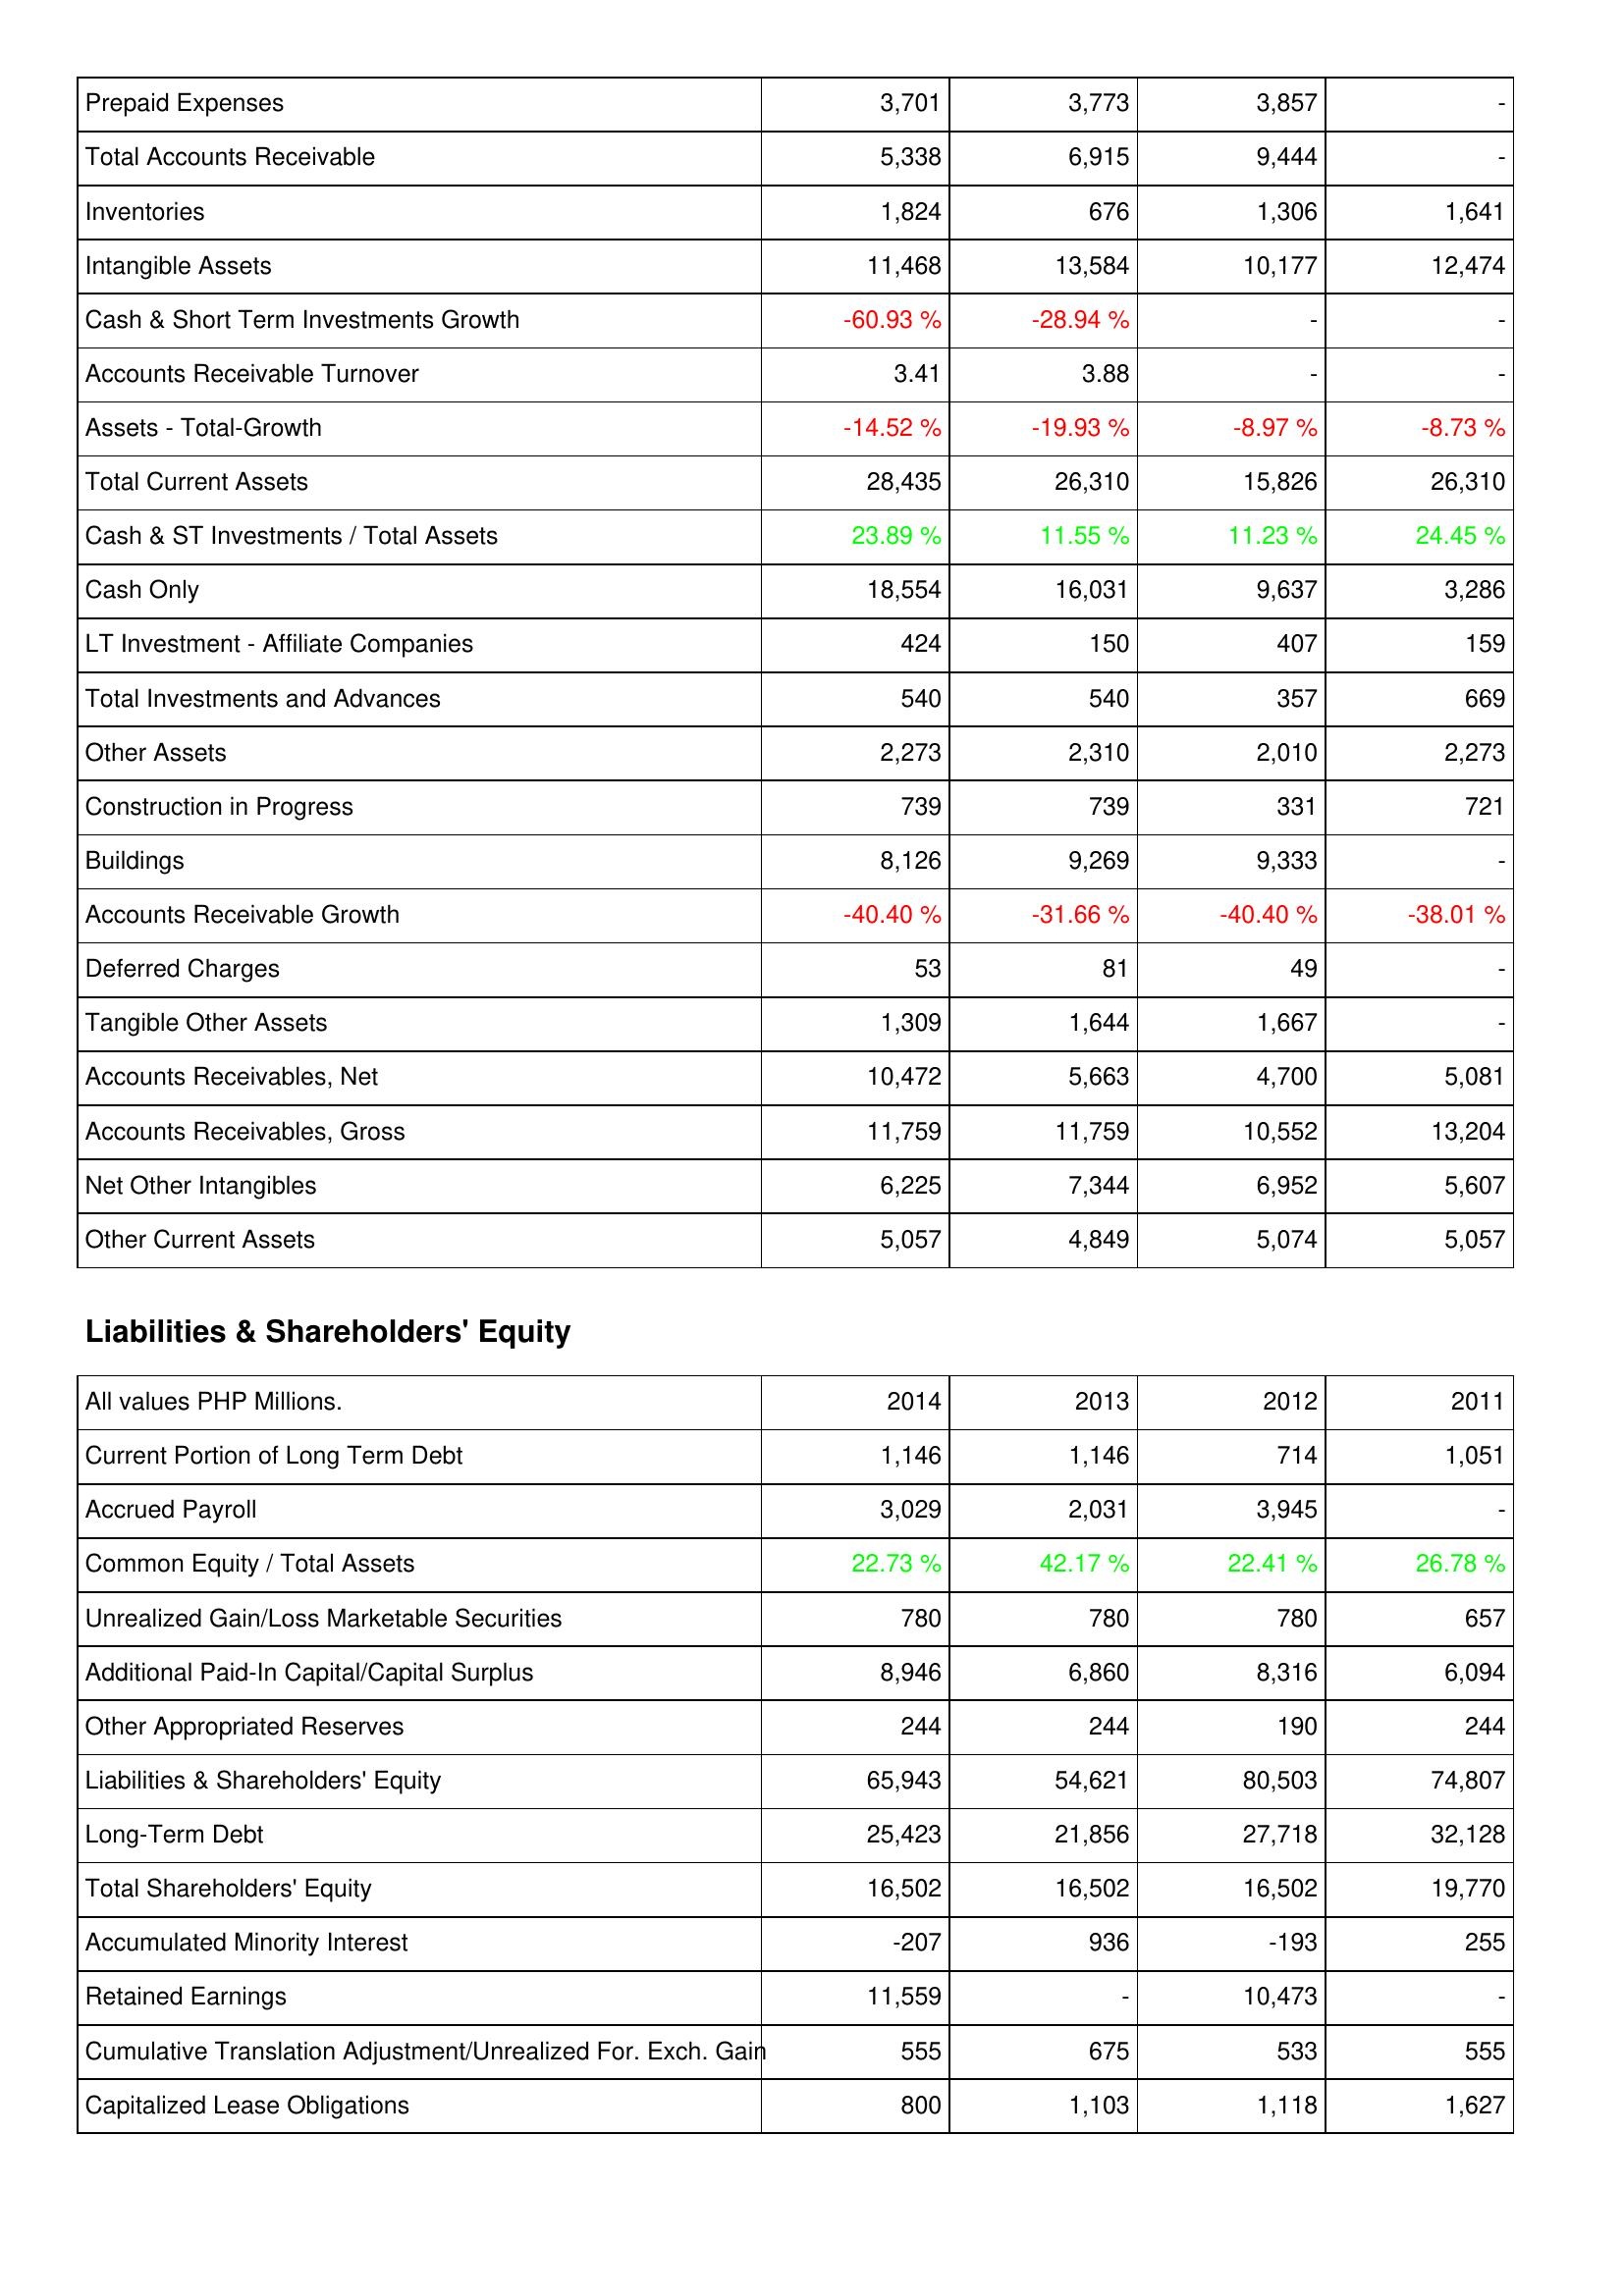
2014: Assets: Prepaid Expenses: 3,701
Total Accounts Receivable: 5,338
Inventories: 1,824
Intangible Assets: 11,468
Cash & Short Term Investments Growth: -60.93 %
Accounts Receivable Turnover: 3.41
Assets - Total-Growth: -14.52 %
Total Current Assets: 28,435
Cash & ST Investments / Total Assets: 23.89 %
Cash Only: 18,554
LT Investment - Affiliate Companies: 424
Total Investments and Advances: 540
Other Assets: 2,273
Construction in Progress: 739
Buildings: 8,126
Accounts Receivable Growth: -40.40 %
Deferred Charges: 53
Tangible Other Assets: 1,309
Accounts Receivables, Net: 10,472
Accounts Receivables, Gross: 11,759
Net Other Intangibles: 6,225
Other Current Assets: 5,057
Liabilities & Shareholders' Equity: Current Portion of Long Term Debt: 1,146
Accrued Payroll: 3,029
Common Equity / Total Assets: 22.73 %
Unrealized Gain/Loss Marketable Securities: 780
Additional Paid-In Capital/Capital Surplus: 8,946
Other Appropriated Reserves: 244
Liabilities & Shareholders' Equity: 65,943
Long-Term Debt: 25,423
Total Shareholders' Equity: 16,502
Accumulated Minority Interest: -207
Retained Earnings: 11,559
Cumulative Translation Adjustment/Unrealized For. Exch. Gain: 555
Capitalized Lease Obligations: 800
2013: Assets: Prepaid Expenses: 3,773
Total Accounts Receivable: 6,915
Inventories: 676
Intangible Assets: 13,584
Cash & Short Term Investments Growth: -28.94 %
Accounts Receivable Turnover: 3.88
Assets - Total-Growth: -19.93 %
Total Current Assets: 26,310
Cash & ST Investments / Total Assets: 11.55 %
Cash Only: 16,031
LT Investment - Affiliate Companies: 150
Total Investments and Advances: 540
Other Assets: 2,310
Construction in Progress: 739
Buildings: 9,269
Accounts Receivable Growth: -31.66 %
Deferred Charges: 81
Tangible Other Assets: 1,644
Accounts Receivables, Net: 5,663
Accounts Receivables, Gross: 11,759
Net Other Intangibles: 7,344
Other Current Assets: 4,849
Liabilities & Shareholders' Equity: Current Portion of Long Term Debt: 1,146
Accrued Payroll: 2,031
Common Equity / Total Assets: 42.17 %
Unrealized Gain/Loss Marketable Securities: 780
Additional Paid-In Capital/Capital Surplus: 6,860
Other Appropriated Reserves: 244
Liabilities & Shareholders' Equity: 54,621
Long-Term Debt: 21,856
Total Shareholders' Equity: 16,502
Accumulated Minority Interest: 936
Retained Earnings: -
Cumulative Translation Adjustment/Unrealized For. Exch. Gain: 675
Capitalized Lease Obligations: 1,103
2012: Assets: Prepaid Expenses: 3,857
Total Accounts Receivable: 9,444
Inventories: 1,306
Intangible Assets: 10,177
Cash & Short Term Investments Growth: -
Accounts Receivable Turnover: -
Assets - Total-Growth: -8.97 %
Total Current Assets: 15,826
Cash & ST Investments / Total Assets: 11.23 %
Cash Only: 9,637
LT Investment - Affiliate Companies: 407
Total Investments and Advances: 357
Other Assets: 2,010
Construction in Progress: 331
Buildings: 9,333
Accounts Receivable Growth: -40.40 %
Deferred Charges: 49
Tangible Other Assets: 1,667
Accounts Receivables, Net: 4,700
Accounts Receivables, Gross: 10,552
Net Other Intangibles: 6,952
Other Current Assets: 5,074
Liabilities & Shareholders' Equity: Current Portion of Long Term Debt: 714
Accrued Payroll: 3,945
Common Equity / Total Assets: 22.41 %
Unrealized Gain/Loss Marketable Securities: 780
Additional Paid-In Capital/Capital Surplus: 8,316
Other Appropriated Reserves: 190
Liabilities & Shareholders' Equity: 80,503
Long-Term Debt: 27,718
Total Shareholders' Equity: 16,502
Accumulated Minority Interest: -193
Retained Earnings: 10,473
Cumulative Translation Adjustment/Unrealized For. Exch. Gain: 533
Capitalized Lease Obligations: 1,118
2011: Assets: Prepaid Expenses: -
Total Accounts Receivable: -
Inventories: 1,641
Intangible Assets: 12,474
Cash & Short Term Investments Growth: -
Accounts Receivable Turnover: -
Assets - Total-Growth: -8.73 %
Total Current Assets: 26,310
Cash & ST Investments / Total Assets: 24.45 %
Cash Only: 3,286
LT Investment - Affiliate Companies: 159
Total Investments and Advances: 669
Other Assets: 2,273
Construction in Progress: 721
Buildings: -
Accounts Receivable Growth: -38.01 %
Deferred Charges: -
Tangible Other Assets: -
Accounts Receivables, Net: 5,081
Accounts Receivables, Gross: 13,204
Net Other Intangibles: 5,607
Other Current Assets: 5,057
Liabilities & Shareholders' Equity: Current Portion of Long Term Debt: 1,051
Accrued Payroll: -
Common Equity / Total Assets: 26.78 %
Unrealized Gain/Loss Marketable Securities: 657
Additional Paid-In Capital/Capital Surplus: 6,094
Other Appropriated Reserves: 244
Liabilities & Shareholders' Equity: 74,807
Long-Term Debt: 32,128
Total Shareholders' Equity: 19,770
Accumulated Minority Interest: 255
Retained Earnings: -
Cumulative Translation Adjustment/Unrealized For. Exch. Gain: 555
Capitalized Lease Obligations: 1,627